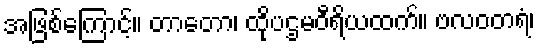
အဖြစ်ကြောင့်။ တာတော၊ ထိုပဌမဝီရိယထက်။ ဗလဝတရံ၊